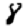
Digit: 8